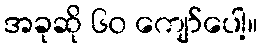
အခုဆို ၆၀ ကျော်ပေါ့။